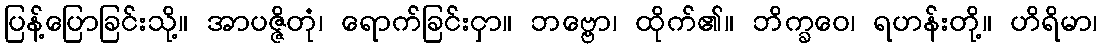
ပြန့်ပြောခြင်းသို့။ အာပဇ္ဇိတုံ၊ ရောက်ခြင်းငှာ။ ဘဗ္ဗော၊ ထိုက်၏။ ဘိက္ခဝေ၊ ရဟန်းတို့။ ဟိရိမာ၊